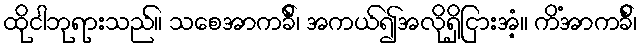
ထိုငါဘုရားသည်။ သစေအာကင်္ခိ၊ အကယ်၍အလိုရှိငြားအံ့။ ကိံအာကင်္ခိ၊